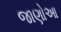
જાણોઆ